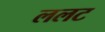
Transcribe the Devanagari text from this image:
ललट